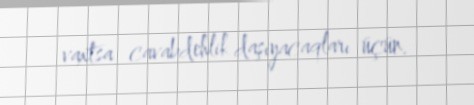
vaxtsa cavabdehlik daşıyacaqları üçün.